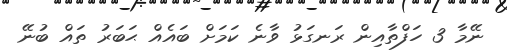
ނޭމާ 3 ހަފްތާއިން ރަނގަޅު ވާނެ ކަމަށް ބައެއް ޙަބަރު ތައް ބުނޭ